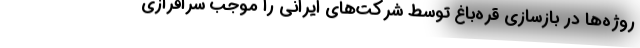
روژه‌ها در بازسازی قره‌باغ توسط شرکت‌های ایرانی را موجب سرافرازی